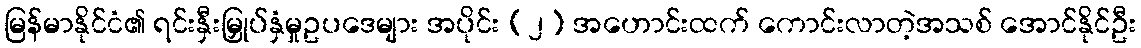
မြန်မာနိုင်ငံ၏ ရင်းနှီးမြှုပ်နှံမှုဥပဒေများ အပိုင်း (၂) အဟောင်းထက် ကောင်းလာတဲ့အသစ် အောင်နိုင်ဦး